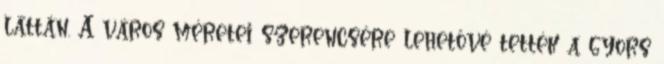
láttán. A város méretei szerencsére lehetővé tették a gyors